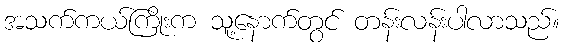
အသက်ကယ်ကြိုးက သူ့နောက်တွင် တန်းလန်းပါလာသည်။